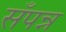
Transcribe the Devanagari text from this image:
सँपन्न